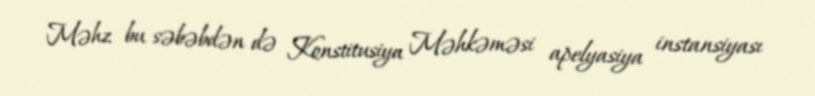
Məhz bu səbəbdən də Konstitusiya Məhkəməsi apelyasiya instansiyası